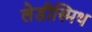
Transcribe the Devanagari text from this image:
लेडीस्मिथ